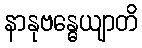
နာနုဗန္ဓေယျာတိ